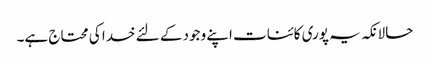
حالانکہ یہ پوری کائنات اپنے وجود کے لئے خدا کی محتاج ہے۔